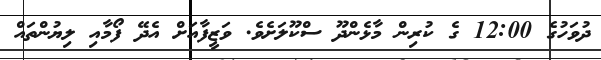
ދުވަހުގެ 12:00 ގެ ކުރިން މާޅެންދޫ ސްކޫލަށެވެ. ވަޒީފާއަށް އެދޭ ފޯމާއި ލިޔުންތައް